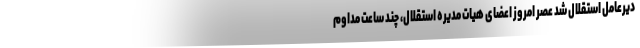
دیرعامل استقلال شد عصر امروز اعضای هیات مدیره استقلال، چند ساعت مداوم